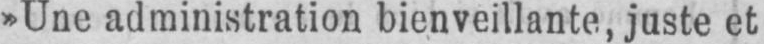
»Une administration bienveillante, juste et